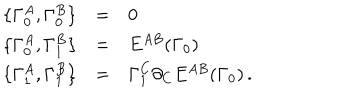
LaTeX: \begin{array} { r c l } { { \{ \Gamma _ { 0 } ^ { A } , \Gamma _ { 0 } ^ { B } \} } } & { { = } } & { { 0 } } \\ { { \{ \Gamma _ { 0 } ^ { A } , \Gamma _ { 1 } ^ { B } \} } } & { { = } } & { { E ^ { A B } ( \Gamma _ { 0 } ) } } \\ { { \{ \Gamma _ { 1 } ^ { A } , \Gamma _ { 1 } ^ { B } \} } } & { { = } } & { { \Gamma _ { 1 } ^ { C } \partial _ { C } E ^ { A B } ( \Gamma _ { 0 } ) \, . } } \\ \end{array}